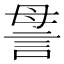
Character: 𧦥